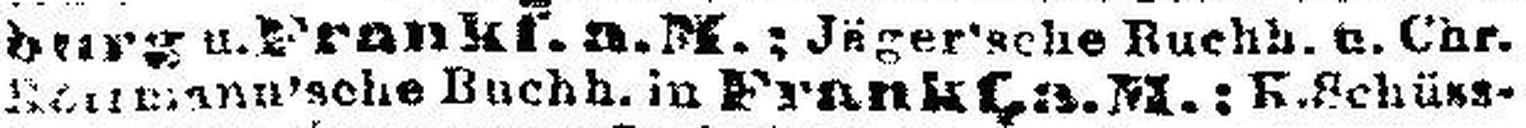
###mann'sche Buchh. in Frankf.a.M.: ###chüss¬